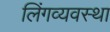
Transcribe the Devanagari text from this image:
लिंगव्यवस्था